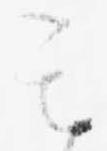
其